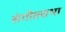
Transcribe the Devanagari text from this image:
संगीतसभा